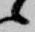
候